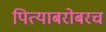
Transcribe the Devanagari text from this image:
पित्याबरोबरच